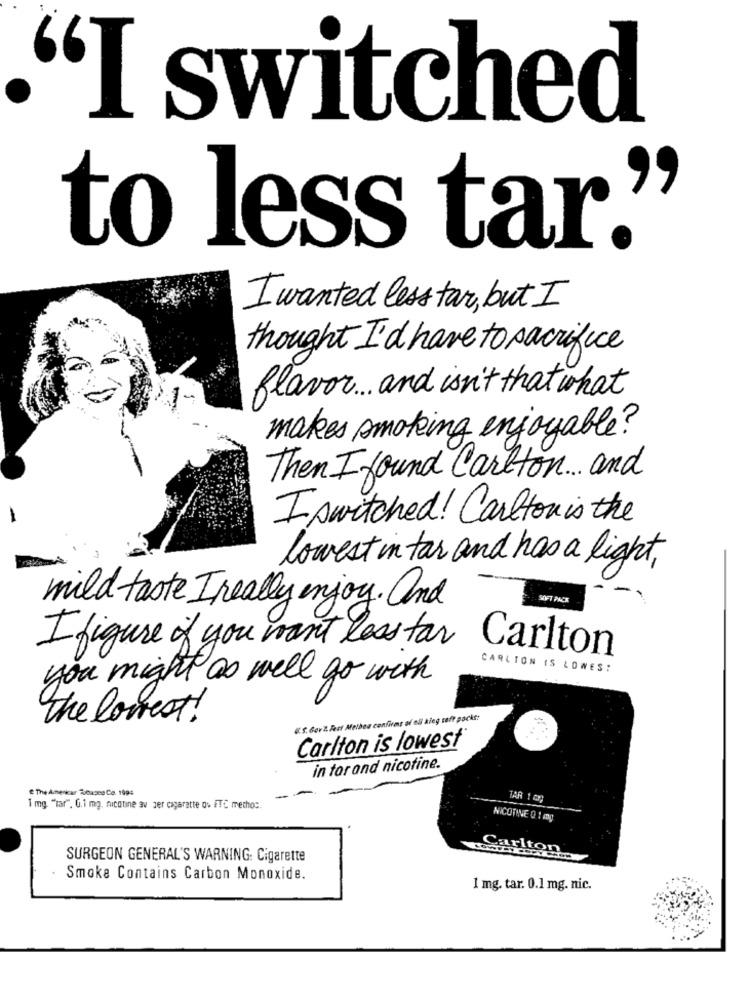
"I switched
to less tar.'
I wanted less tar, but I
thought I'd have to sacrifice
flavor ... and isn't that what
makes smoking enjoyable?
Then I found Carlton ... and
-
I switched! Carlton is the
lowest in tar and has a light,
mild taste Ireally enjoy. and
SOFT PACK
I figure if you want less for Carlton
CARLTON IS LOWES:
you might as well go with
The lowest!
€.S. GarZ. Fati Melbea confirms of eli kieg saft packs:
Carlton is lowest
in tor and nicotine.
@ The Armenicar Subusco Co. 1994
-
TAR 1 09
1 mg. "tar", G.1 mg, nicotine av Jer cigarette ou ITC metho :.
NICOTINE 0 1 mg
Carlton
SURGEON GENERAL'S WARNING: Cigarette
Smoke Contains Carbon Monoxide.
1 mg. tar. 0.1 mg. nic.